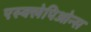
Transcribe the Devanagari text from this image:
एस्क्लेपिओन्स